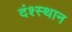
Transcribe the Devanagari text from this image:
दंश्स्थान